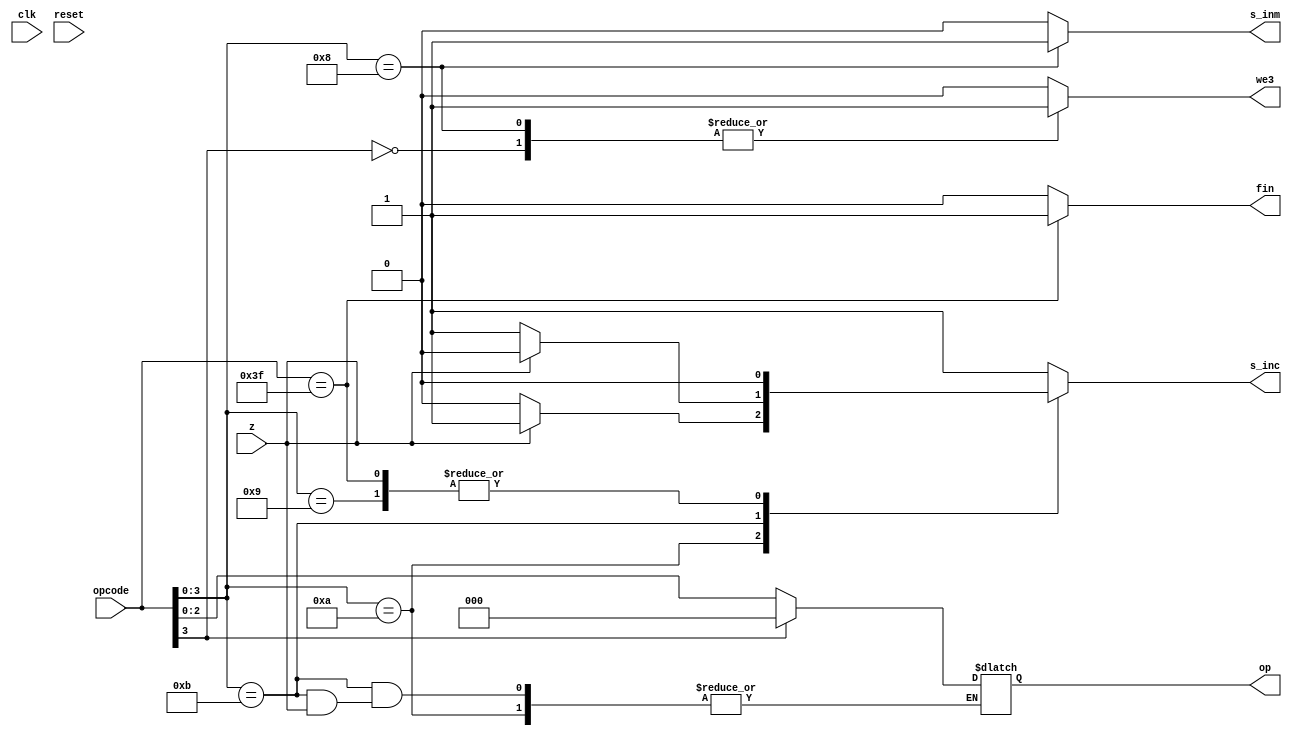
module uc (input wire clk, reset, z, input wire [5:0] opcode, output reg s_inc, s_inm, we3,fin , output reg [2:0] op);//Cambiams wire por reg

always @( * )//Posible fallo al no incluir reset
	casex (opcode)
		6'bxx0xxx: // Operacin aritmtica, cualquiera en la que el 4 bit
			   //menos significativo sea 0.
			begin					
				we3 <= 1'b1;	  // Activar escritura				
				op = opcode[2:0]; // El opcode que manda la Unidad de Control son los
						  // 3 primeros bits de opcode.
				s_inc <= 1'b1; 	  // Incrementa el PC en 1.
				s_inm <= 1'b0; 	  // Activa la salida de la ALU que pasa por el multiplexor 		  // al banco de registro
				fin <= 1'b0;	
			end

		6'bxx1000: // Carga de un valor inmediato en un registro.
			begin
				s_inc <= 1'b1;	 // Incrementa el PC en 1.
				s_inm <= 1'b1;	 // WA3 a banco de registro y Dato inmediato a WD3
				we3 <=1'b1;	 // Habilitar escritura
				op= 000;
				fin <= 1'b0;	
			end

		6'bxx1001: // Operacin de salto absoluto incondicional
			begin
				s_inc <= 1'b0;	// Activa que la salida del multiplexor sea la 
						// que viene de [15:6] de datos. 
				s_inm <= 1'b0;	// Es trivial ya que no se va a usar la ALU ni se va a 			// cargar un valor inmediato.
				we3 <= 1'b0;	// No se va a escribir ningn dato en el banco de Registros.
				op=000;
				fin <= 1'b0;	
			end

		6'bxx1010: // Operacin de salto condicional 0.
			begin
				//op=000;
				s_inm <= 1'b0;	 // Es trivial ya que no se va a usar la ALU ni se va a 			// cargar un valor inmediato.
				we3 <= 1'b0;	// No se va a escribir ningn dato en el banco de registros.
				if (z==0)	// 1 -> resultado op anterior 0
					s_inc <= 1'b0; 	// Salto a la instruccion en registro de direccion
				else
					s_inc <= 1'b1;	// Siguiente instruccion
				
				fin <= 1'b0;	
			end

		6'bxx1011: // Operacin de salto condicional no 0
			begin
				s_inm <= 1'b0;// Es trivial ya que no se va a usar la ALU ni 
					      // se va a cargar un valor inmediato.
				we3 <= 1'b0;  // No se va a escribir en ningn dato en el banco de 			      // registros.
				if (z==0)	
				begin		
					s_inc <= 1'b1;	// Siguiente instruccion
					op=000;
					end
				else
					s_inc <= 1'b0;	// Salto a la siguiente
				
				fin <= 1'b0;	
				
			end

	  
		6'b111111: //Seal de fin
		    begin
			fin <= 1'b1;
		        s_inm<=1'b0;
			we3 <=1'b0;
			s_inc<=1'b0;
			op=000;
			
		    end
		default://Caso por defecto
		   begin
		   s_inm<=1'b0;
		   we3 <=1'b0;
		   s_inc<=1'b1;
		   op=000;
		   fin <= 1'b0;	
	       end
	endcase

endmodule